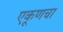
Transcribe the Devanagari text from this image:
एकूणचा